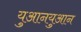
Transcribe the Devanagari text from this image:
युआनयुआन